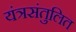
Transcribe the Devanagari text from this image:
यंत्रसंतुलित